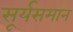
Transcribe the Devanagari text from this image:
सूर्यसमान